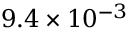
9 . 4 \times 1 0 ^ { - 3 }